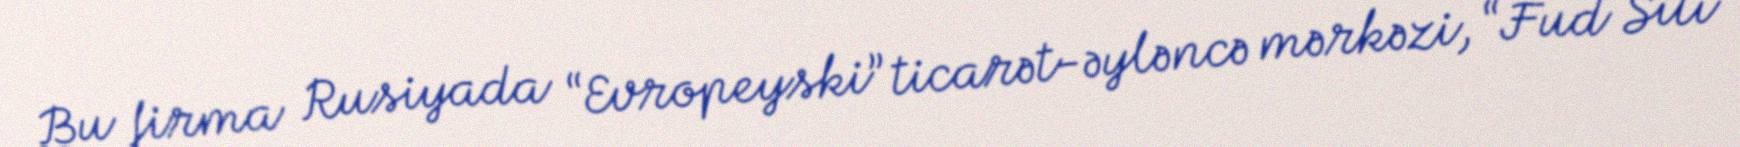
Bu firma Rusiyada “Evropeyski” ticarət-əyləncə mərkəzi, “Fud Siti”